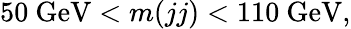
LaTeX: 50~\mathrm{GeV}<m(jj)<110~\mathrm{GeV},